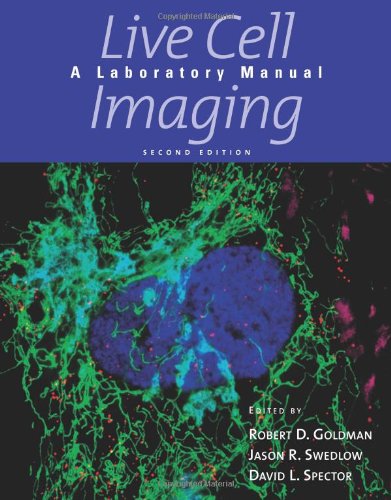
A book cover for Live Cell Imaging: A Laboratory Manual; Robert D. Goldman; Science & Math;